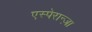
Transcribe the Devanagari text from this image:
एस्पेरान्ज़ा